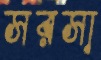
সরসা